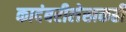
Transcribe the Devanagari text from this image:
कादंबरीलेखकही